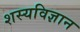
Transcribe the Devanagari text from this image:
शस्यविज्ञान